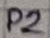
Text: P2